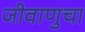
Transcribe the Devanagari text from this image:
जीवाणुचा